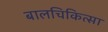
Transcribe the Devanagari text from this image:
बालचिकित्सा